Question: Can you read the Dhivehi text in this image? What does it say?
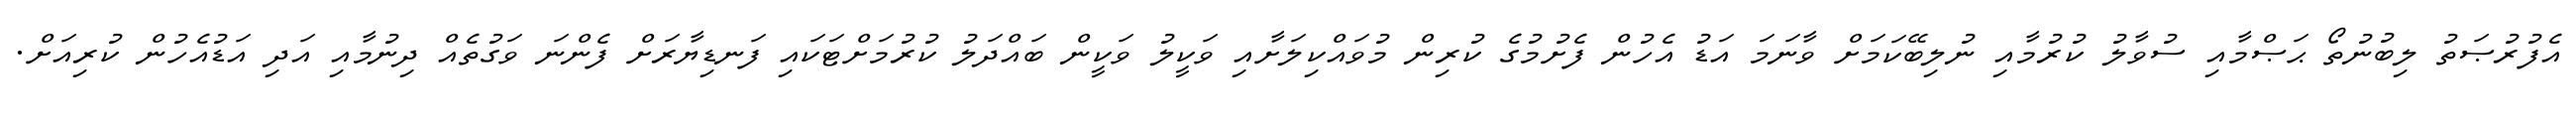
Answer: އެފުރުޞަތު ލިބުނުތޯ ޙަޞްމާއި ސުވާލު ކުރުމާއި ނުލިބޭކަމަށް ވާނަމަ އަޑު އެހުން ފެށުމުގެ ކުރިން މުވައްކިލަށާއި ވަކީލު ވަކީން ބައްދަލު ކުރުމަށްޓަކައި ފަނޑިޔާރަށް ފެންނަ ވަގުތެއް ދިނުމާއި އަދި އަޑުއެހުން ކުރިއަށް.